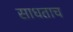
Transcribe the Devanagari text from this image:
साधताच